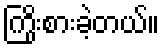
ကြိုးစားခဲ့တယ်။